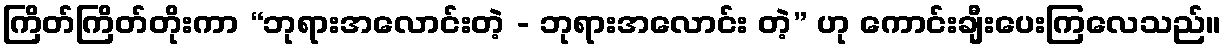
ကြိတ်ကြိတ်တိုးကာ “ဘုရားအလောင်းတဲ့ - ဘုရားအလောင်း တဲ့” ဟု ကောင်းချီးပေးကြလေသည်။